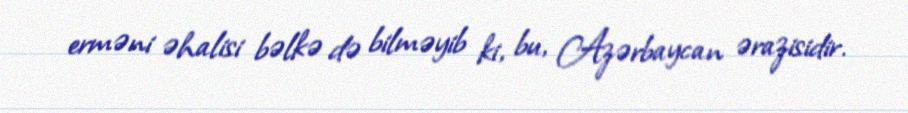
erməni əhalisi bəlkə də bilməyib ki, bu, Azərbaycan ərazisidir.